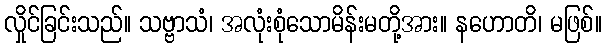
လှိုင်ခြင်းသည်။ သဗ္ဗာသံ၊ အလုံးစုံသောမိန်းမတို့အား။ နဟောတိ၊ မဖြစ်။